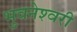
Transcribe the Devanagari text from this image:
भुवनेश्‍वरी